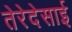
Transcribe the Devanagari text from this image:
तेरेदेसाई